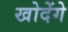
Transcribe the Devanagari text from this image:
खोदेंगे